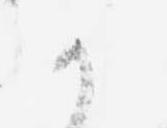
か